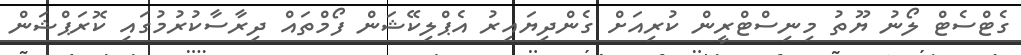
ގެޓްސެޓް ލޯނު ޔޫތު މިނިސްޓްރީން ކުރިއަށް ގެންދިޔައިރު އެޕްލިކޭޝަން ފޯމްތައް ދިރާސާކުރުމުގައި ކޮރަޕްޝަން